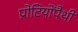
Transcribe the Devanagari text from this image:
प्रोटियोंपैथी